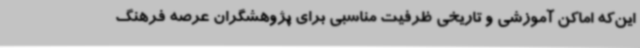
این‌که اماکن آموزشی و تاریخی ظرفیت مناسبی برای پژوهشگران عرصه فرهنگ